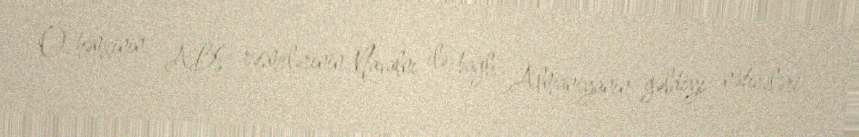
O, həmçinin, ABŞ rəsmilərinin Navalnı ilə bağlı Almaniyanın gəldiyi nəticələri